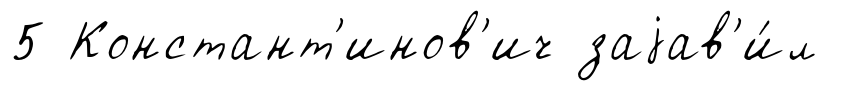
5 Констант'инов'ич заjав'и́л